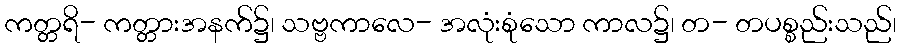
ကတ္တရိ- ကတ္တားအနက်၌၊ သဗ္ဗကာလေ- အလုံးစုံသော ကာလ၌၊ တ- တပစ္စည်းသည်၊